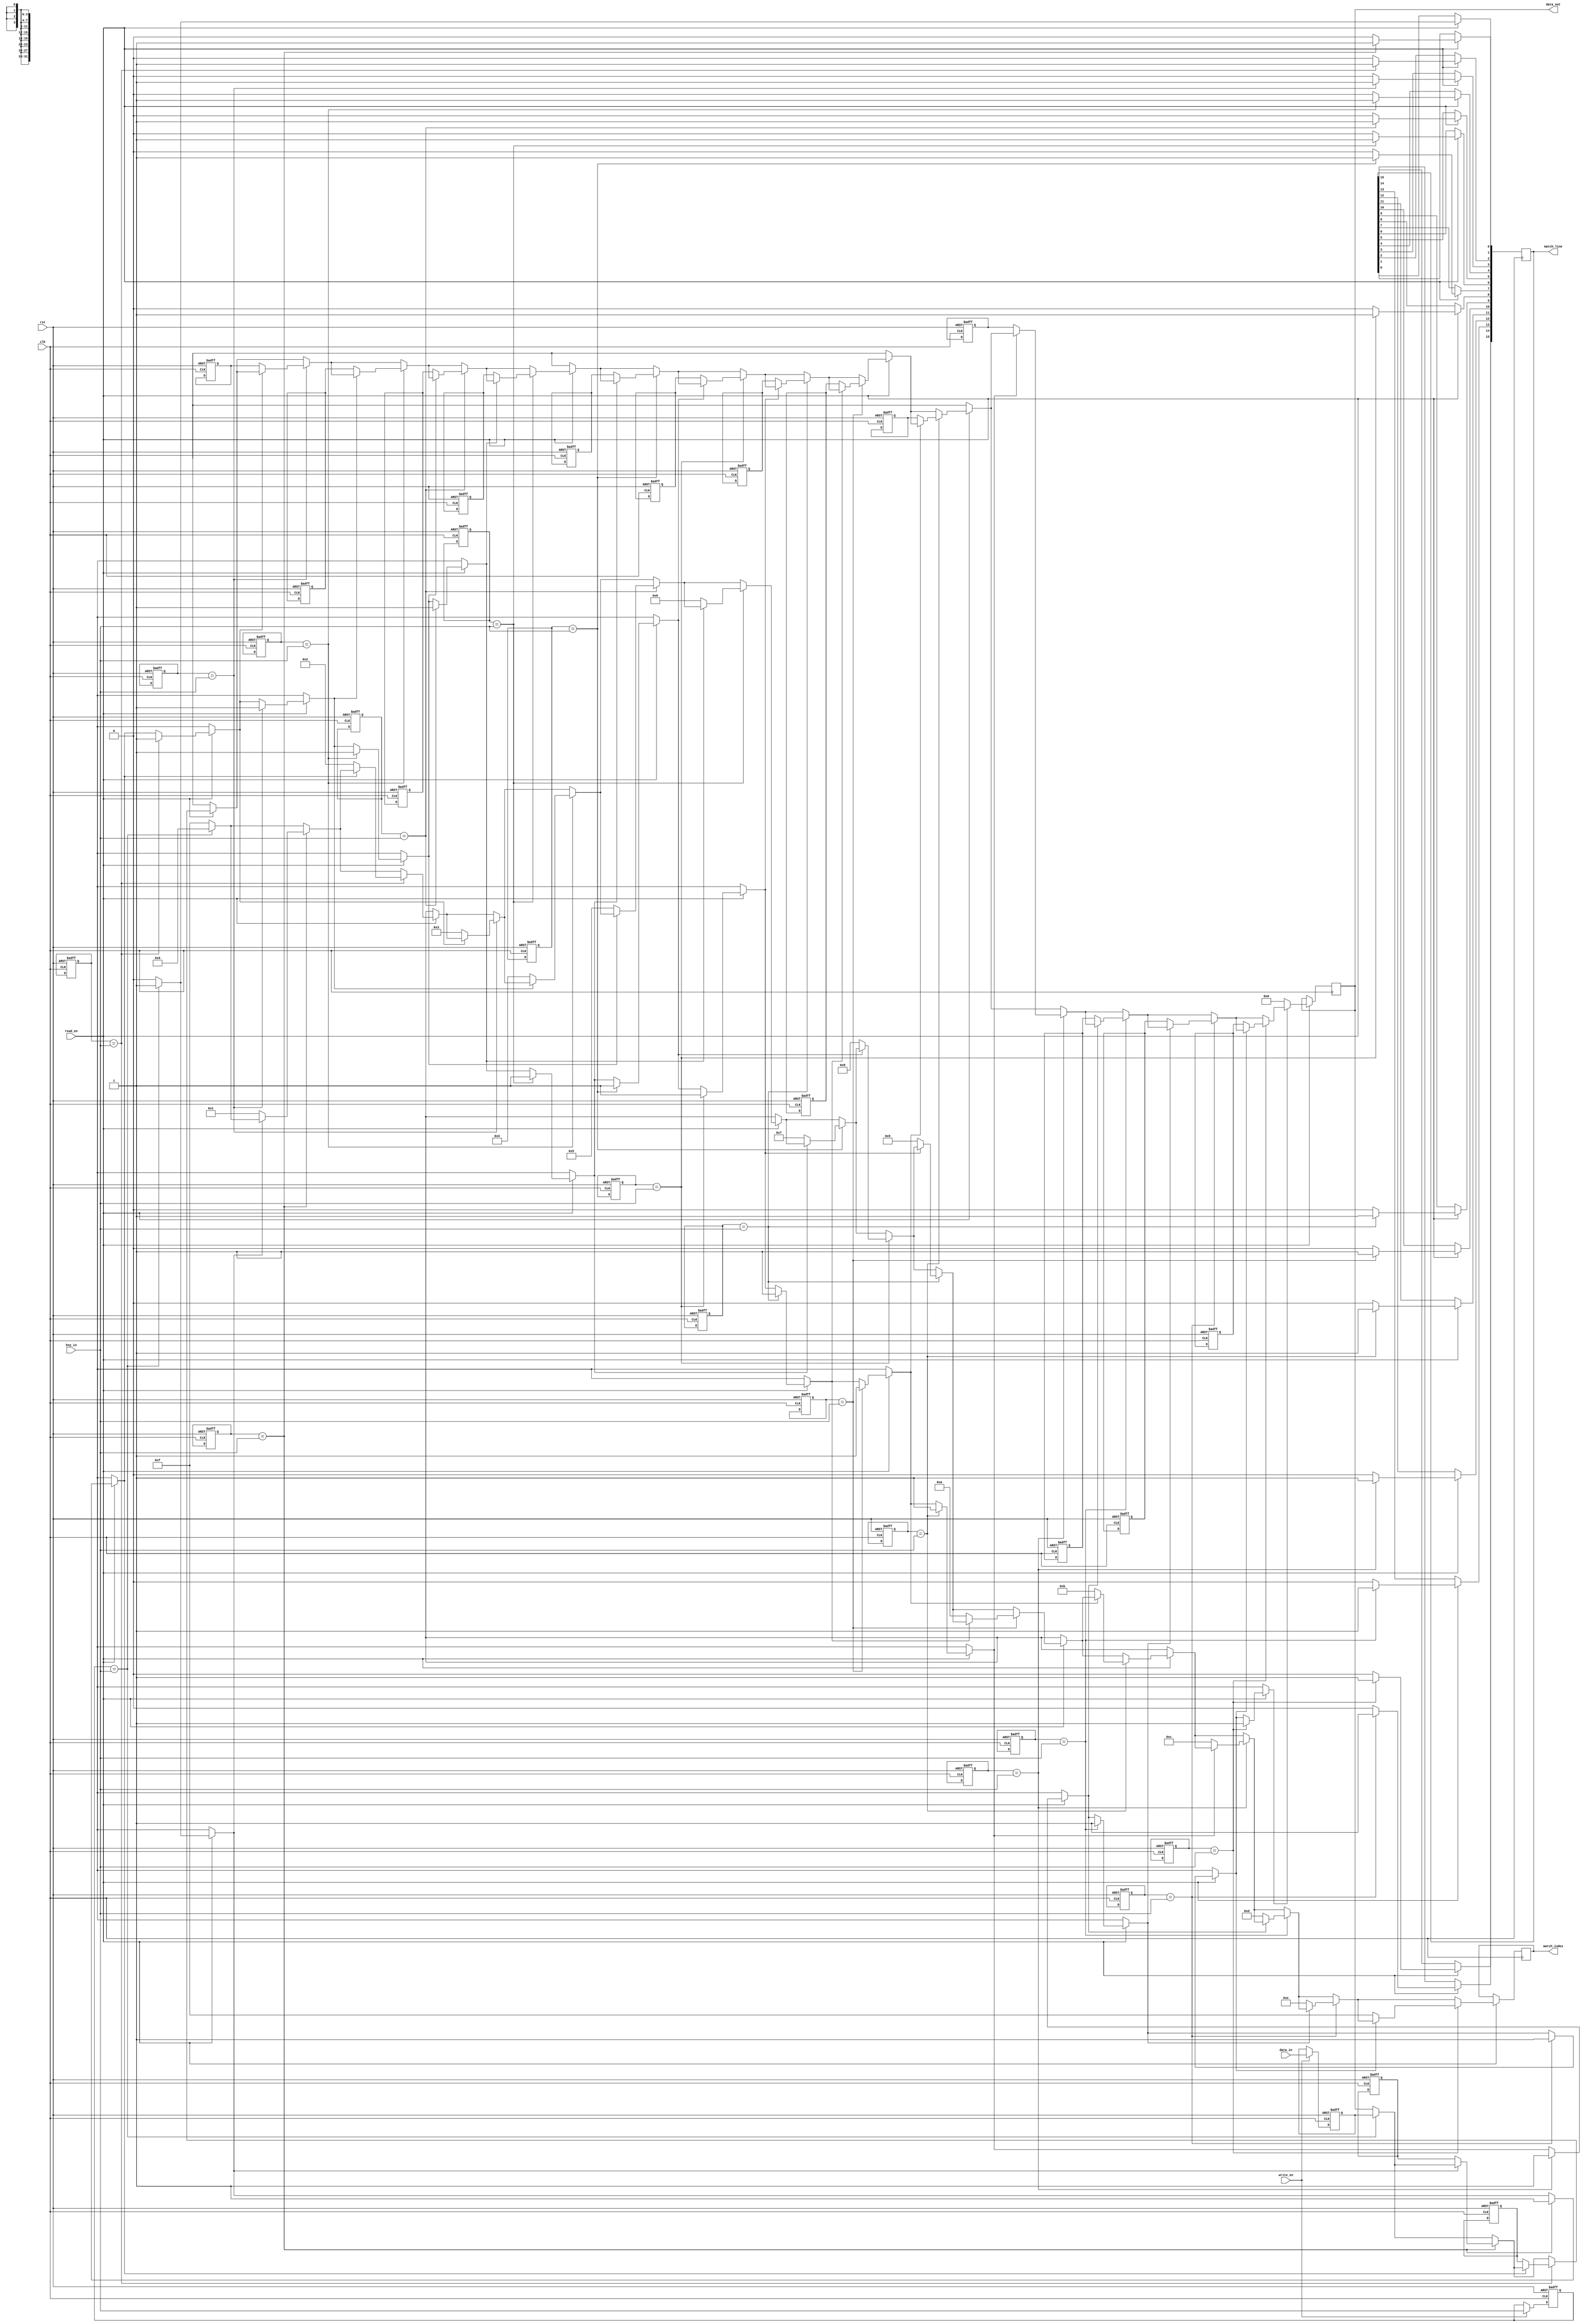
module IBAM #(
    parameter DATA_WIDTH = 32,  // Width of the data
    parameter KEY_WIDTH = 16,    // Width of the key
    parameter DEPTH = 16          // Number of entries in the memory
)(
    input wire clk,               // System clock
    input wire rst,               // Reset signal
    input wire [KEY_WIDTH-1:0] key_in,      // Input key for search
    input wire [DATA_WIDTH-1:0] data_in,    // Input data to store
    input wire write_en,          // Write enable signal
    input wire read_en,           // Read enable signal
    output reg [DATA_WIDTH-1:0] data_out,   // Output data
    output reg [DEPTH-1:0] match_line,       // Match line for each entry
    output reg [3:0] match_index // Index of the first match
);

// Memory arrays for keys and values
reg [KEY_WIDTH-1:0] keys [0:DEPTH-1];
reg [DATA_WIDTH-1:0] values [0:DEPTH-1];

// Internal signals for matching
integer i;
reg match_found;

// Write operation
always @(posedge clk or posedge rst) begin
    if (rst) begin
        // Initialize memory on reset
        for (i = 0; i < DEPTH; i = i + 1) begin
            keys[i] <= 0;
            values[i] <= 0;
        end
    end else if (write_en) begin
        // Store key and value in the memory
        keys[0] <= key_in; // For simplicity, storing at index 0
        values[0] <= data_in; // For simplicity, storing at index 0
    end
end

// Search operation
always @(posedge clk) begin
    if (read_en) begin
        match_found = 0;
        match_line = 0;
        match_index = 4'b1111; // Default to no match

        // Compare input key with stored keys
        for (i = 0; i < DEPTH; i = i + 1) begin
            if (keys[i] == key_in) begin
                match_line[i] = 1'b1; // Set match line
                if (!match_found) begin
                    match_found = 1;
                    match_index = i; // Store the index of the first match
                    data_out = values[i]; // Retrieve associated value
                end
            end else begin
                match_line[i] = 1'b0; // No match
            end
        end

        // If no match found, output can be set to a default value
        if (!match_found) begin
            data_out = {DATA_WIDTH{1'b0}}; // Default output
        end
    end
end

endmodule